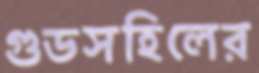
গুডসহিলের